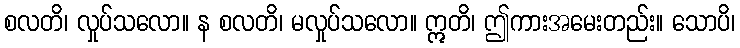
စလတိ၊ လှုပ်သလော။ န စလတိ၊ မလှုပ်သလော။ ဣတိ၊ ဤကားအမေးတည်း။ သောပိ၊